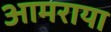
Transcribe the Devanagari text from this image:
आमराया